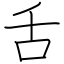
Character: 舌